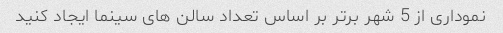
نموداری از 5 شهر برتر بر اساس تعداد سالن های سینما ایجاد کنید